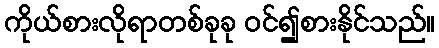
ကိုယ်စားလိုရာတစ်ခုခု ဝင်၍စားနိုင်သည်။